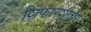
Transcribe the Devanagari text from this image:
शिफारशीची